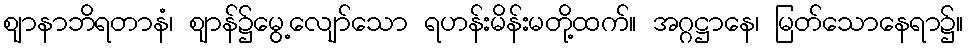
ဈာနာဘိရတာနံ၊ ဈာန်၌မွေ့လျော်သော ရဟန်းမိန်းမတို့ထက်။ အဂ္ဂဋ္ဌာနေ၊ မြတ်သောနေရာ၌။